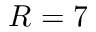
R = 7